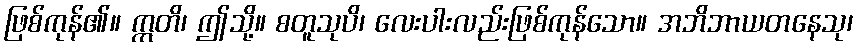
ဖြစ်ကုန်၏။ ဣတိ၊ ဤသို့။ စတူသုပိ၊ လေးပါးလည်းဖြစ်ကုန်သော။ အဘိဘာယတနေသု၊